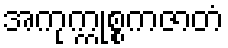
အကုက္ကုစ္စကဇာတံ